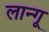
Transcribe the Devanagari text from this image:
लान्गू